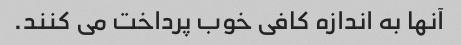
آنها به اندازه کافی خوب پرداخت می کنند.